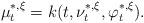
LaTeX: \begin{align*}\mu_t^{*,\xi}=k(t,\nu_t^{*,\xi},\varphi_t^{*,\xi}).\end{align*}